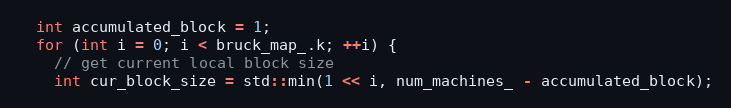
Language: C++
  int accumulated_block = 1;
  for (int i = 0; i < bruck_map_.k; ++i) {
    // get current local block size
    int cur_block_size = std::min(1 << i, num_machines_ - accumulated_block);